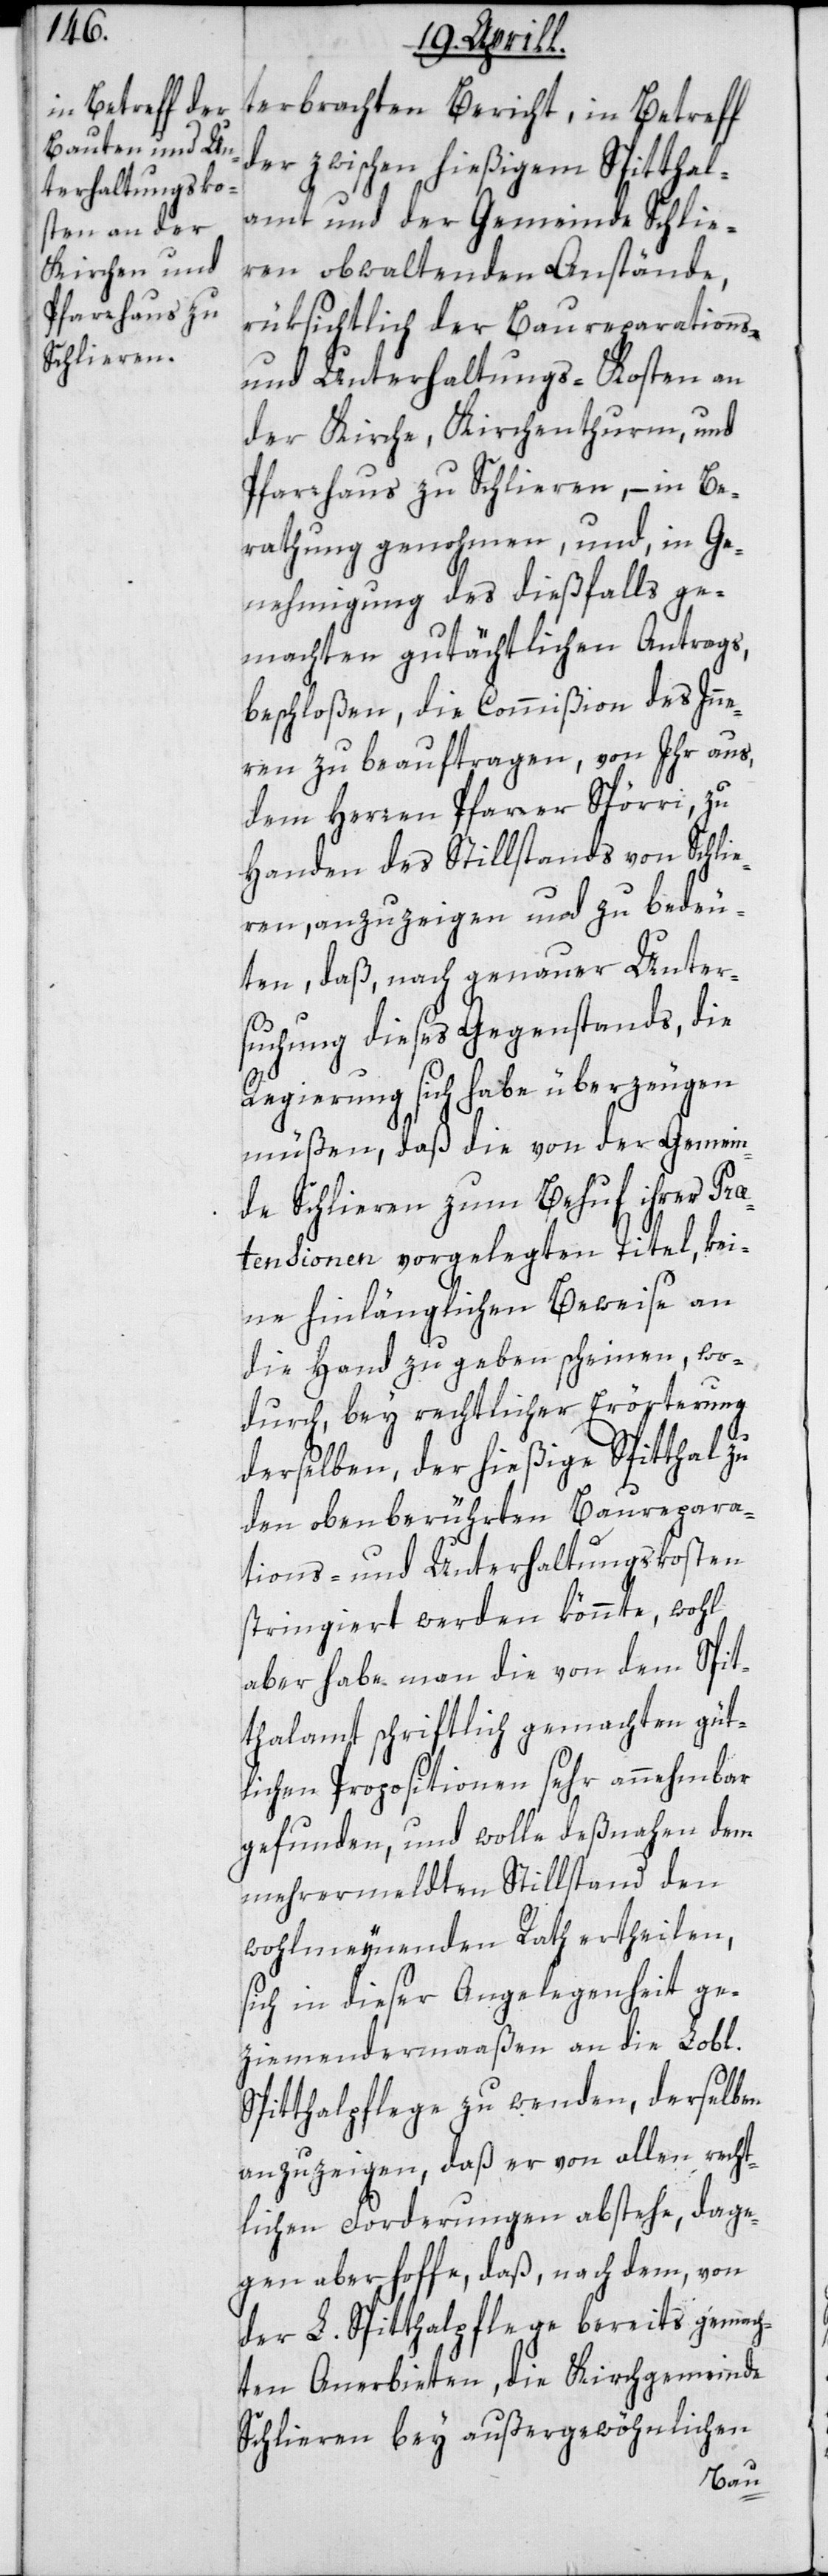
terbrachten Bericht, in Betreff
der zwischen hießigem Spitthal¬
amt und der Gemeinde Schlie¬
ren obwaltenden Anstände,
rüksichtlich der Baureparations-
und Unterhaltungs-Kosten an
der Kirche, Kirchenthurm und
Pfarrhaus zu Schlieren, – in Be¬
rathung genohmen, und, in Ge¬
nehmigung des dießfalls ge¬
machten gutächtlichen Antrags
beschloßen, die Commißion des Inn¬
ern zu beauftragen, von Ihr aus,
dem Herren Pfarrer Spörri zu
Handen des Stillstands von Schlie¬
ren, anzuzeigen und zu bedeu¬
ten, daß, nach genauer Unter¬
suchung dieses Gegenstands, die
Regierung sich habe überzeugen
müßen, daß sie von der Gemein¬
de Schlieren zum Behuf ihrer Prä¬
tensionen vorgelegten Titel, kei¬
ne hinlänglichen Beweise an
die Hand zu geben scheinen, wo¬
durch bey rechtlicher Erörterung
derselben, der hießige Spitthal zu
den oben berührten Baurepara¬
tions- und Unterhaltungskosten
stringiert werden könnte, wohl
aber habe man die von dem Spit¬
thalamt schriftlich gemachten güt¬
lichen Propositionen sehr annehmbar
gefunden, und wolle deßnahen dem
mehrermeldten Stillstand den
wohlmeynenden Rath ertheilen,
sich in dieser Angelegenheit ge¬
ziemender Maaßen an die Lobl.
Spitthalpflege zu wenden, derselben
anzuzeigen, daß er von allen recht¬
lichen Forderungen abstehe, dage¬
gen aber hoffe, daß, nach dem, von
der L. Spitthalpflege bereits gemach¬
ten Anerbieten, die Kirchgemeinde
Schlieren bey außergewöhnlichen